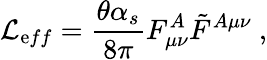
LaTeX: {\mathcal L}_{{\mathrm eff}}=\frac{\theta\alpha_{s}}{8\pi}F_{\mu\nu}^{A}\tilde{F}^{A\mu\nu}~,